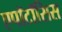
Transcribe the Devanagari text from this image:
एपॉटॉसिस